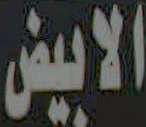
الابيض